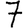
Digit: 7